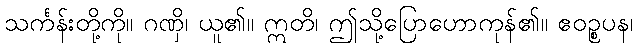
သင်္ကန်းတို့ကို။ ဂဏှိ၊ ယူ၏။ ဣတိ၊ ဤသို့ပြောဟောကုန်၏။ ဧဝဉ္စပန၊